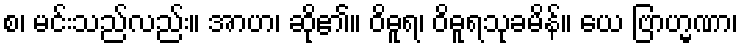
စ၊ မင်းသည်လည်း။ အာဟ၊ ဆို၏။ ဝိဓူရ၊ ဝိဓူရသုခမိန်။ ယေ ဗြာဟ္မဏာ၊